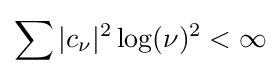
\sum |c_{\nu }|^{2}\log(\nu )^{2}<\infty